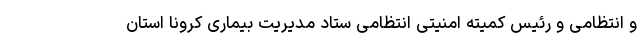
و انتظامی و رئیس کمیته امنیتی انتظامی ستاد مدیریت بیماری کرونا استان